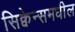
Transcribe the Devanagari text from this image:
सिक्वेन्समधील